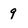
Character: 9